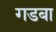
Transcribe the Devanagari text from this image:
गडबा